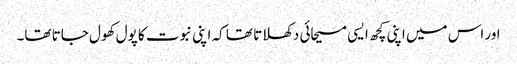
اور اس میں اپنی کچھ ایسی مسیحائی دکھلاتا تھا کہ اپنی نبوت کا پول کھول جاتا تھا۔